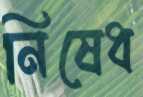
নিষেধ